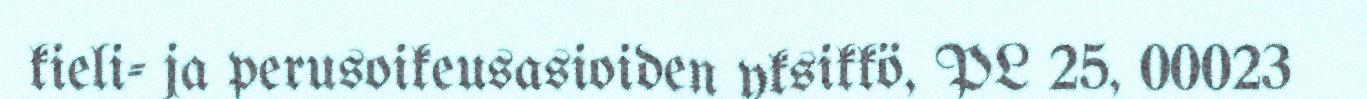
kieli- ja perusoikeusasioiden yksikkö, PL 25, 00023